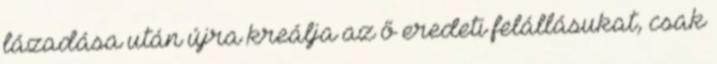
lázadása után újra kreálja az ő eredeti felállásukat, csak